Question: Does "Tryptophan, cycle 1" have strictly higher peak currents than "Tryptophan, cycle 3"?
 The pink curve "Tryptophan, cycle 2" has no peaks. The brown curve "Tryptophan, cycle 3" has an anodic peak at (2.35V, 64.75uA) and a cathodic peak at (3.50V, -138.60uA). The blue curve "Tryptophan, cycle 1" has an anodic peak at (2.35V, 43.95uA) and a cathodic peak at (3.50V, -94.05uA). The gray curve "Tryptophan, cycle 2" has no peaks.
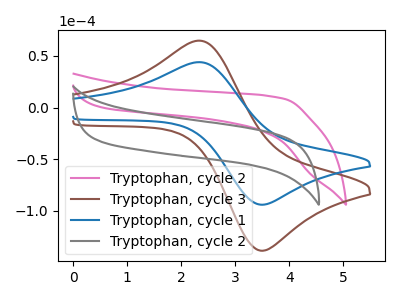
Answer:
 <answer>Every peak in "Tryptophan, cycle 1" is lower than every peak in "Tryptophan, cycle 3".</answer>
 <eval>lower</eval>